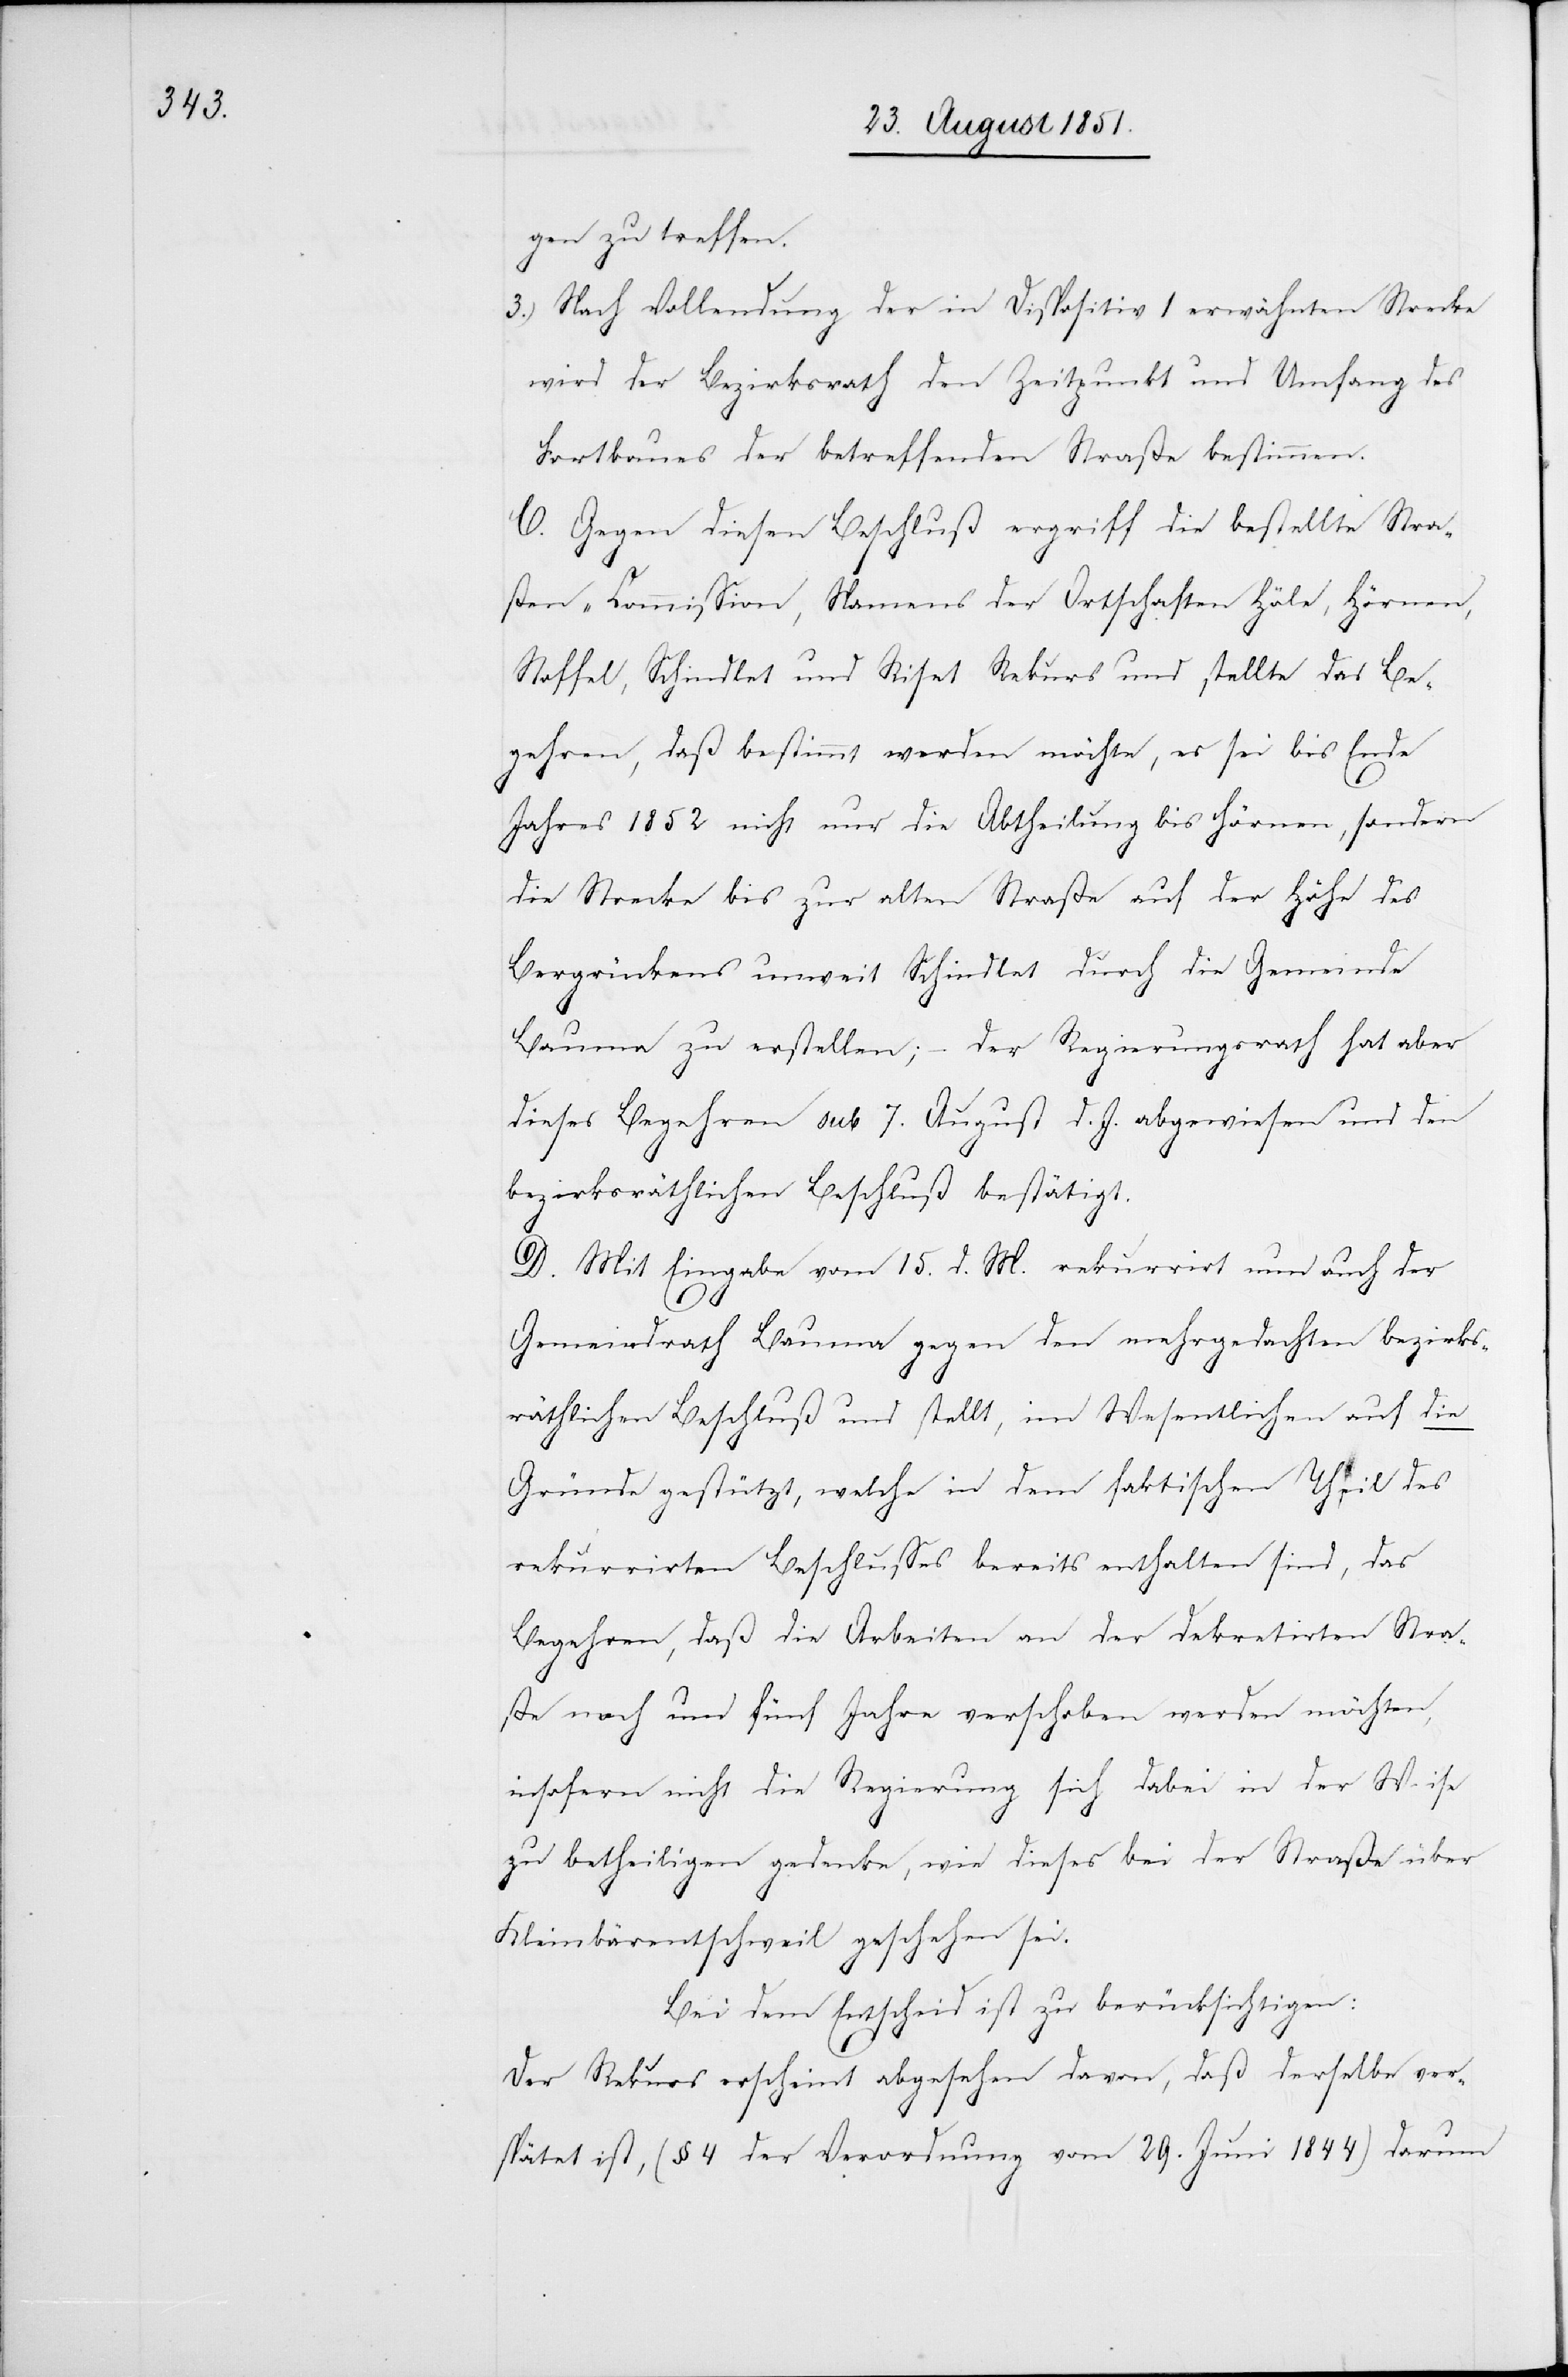
gen zu treffen.
Nach Vollendung der in Dispositiv 1 erwähnten Strecke
wird der Bezirksrath den Zeitpunkt und Umfang des
Fortbaues der betreffenden Straße bestimmen.
C. Gegen diesen Beschluß ergriff die bestellte Stra¬
ßen-Commission, Namens der Ortschaften Höle, Hörnen,
Stoffel, Schindlet und Riset Rekurs und stellte das Be¬
gehren, daß bestimmt werden möchte, es sei bis Ende
Jahres 1852 nicht nur die Abtheilung bis Hörnen, sondern
die Strecke bis zur alten Straße auf der Höhe des
Bergrückens unweit Schindlet durch die Gemeinde
Bauma zu erstellen; – der Regierungsrath hat aber
dieses Begehren sub 7. August d. J. abgewiesen und den
bezirksräthlichen Beschluß bestätigt.
D. Mit Eingabe vom 15. d. M. rekurrirt nun auch der
Gemeindrath Bauma gegen den mehrgedachten bezirks¬
räthlichen Beschluß und stellt, im Wesentlichen auf die
Gründe gestützt, welche in dem faktischen Theil des
rekurrirten Beschlusses bereits enthalten sind, das
Begehren, daß die Arbeiten an der dekretirten Stra¬
ße noch um fünf Jahre verschoben werden möchten,
insofern nicht die Regierung sich dabei in der Weise
zu betheiligen gedenke, wie dieses bei der Straße über
Kleinbärentschweil geschehen sei.
Bei dem Entscheid ist zu berücksichtigen:
Der Rekurs erscheint abgesehen davon, daß derselbe ver¬
spätet ist, (§ 4 der Verordnung vom 29. Juni 1844) darum